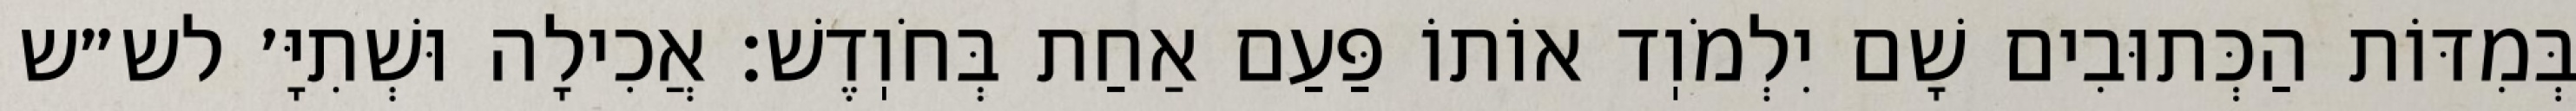
בְּמִדּוֹת הַכְּתוּבִים שָׁם יִלְמֹוֽד אוֹתוֹ פַּעַם אַחַת בְּחֹוֽדֶשׁ: אֲכִילָה וּשְׁתִיָּ׳ לש״ש